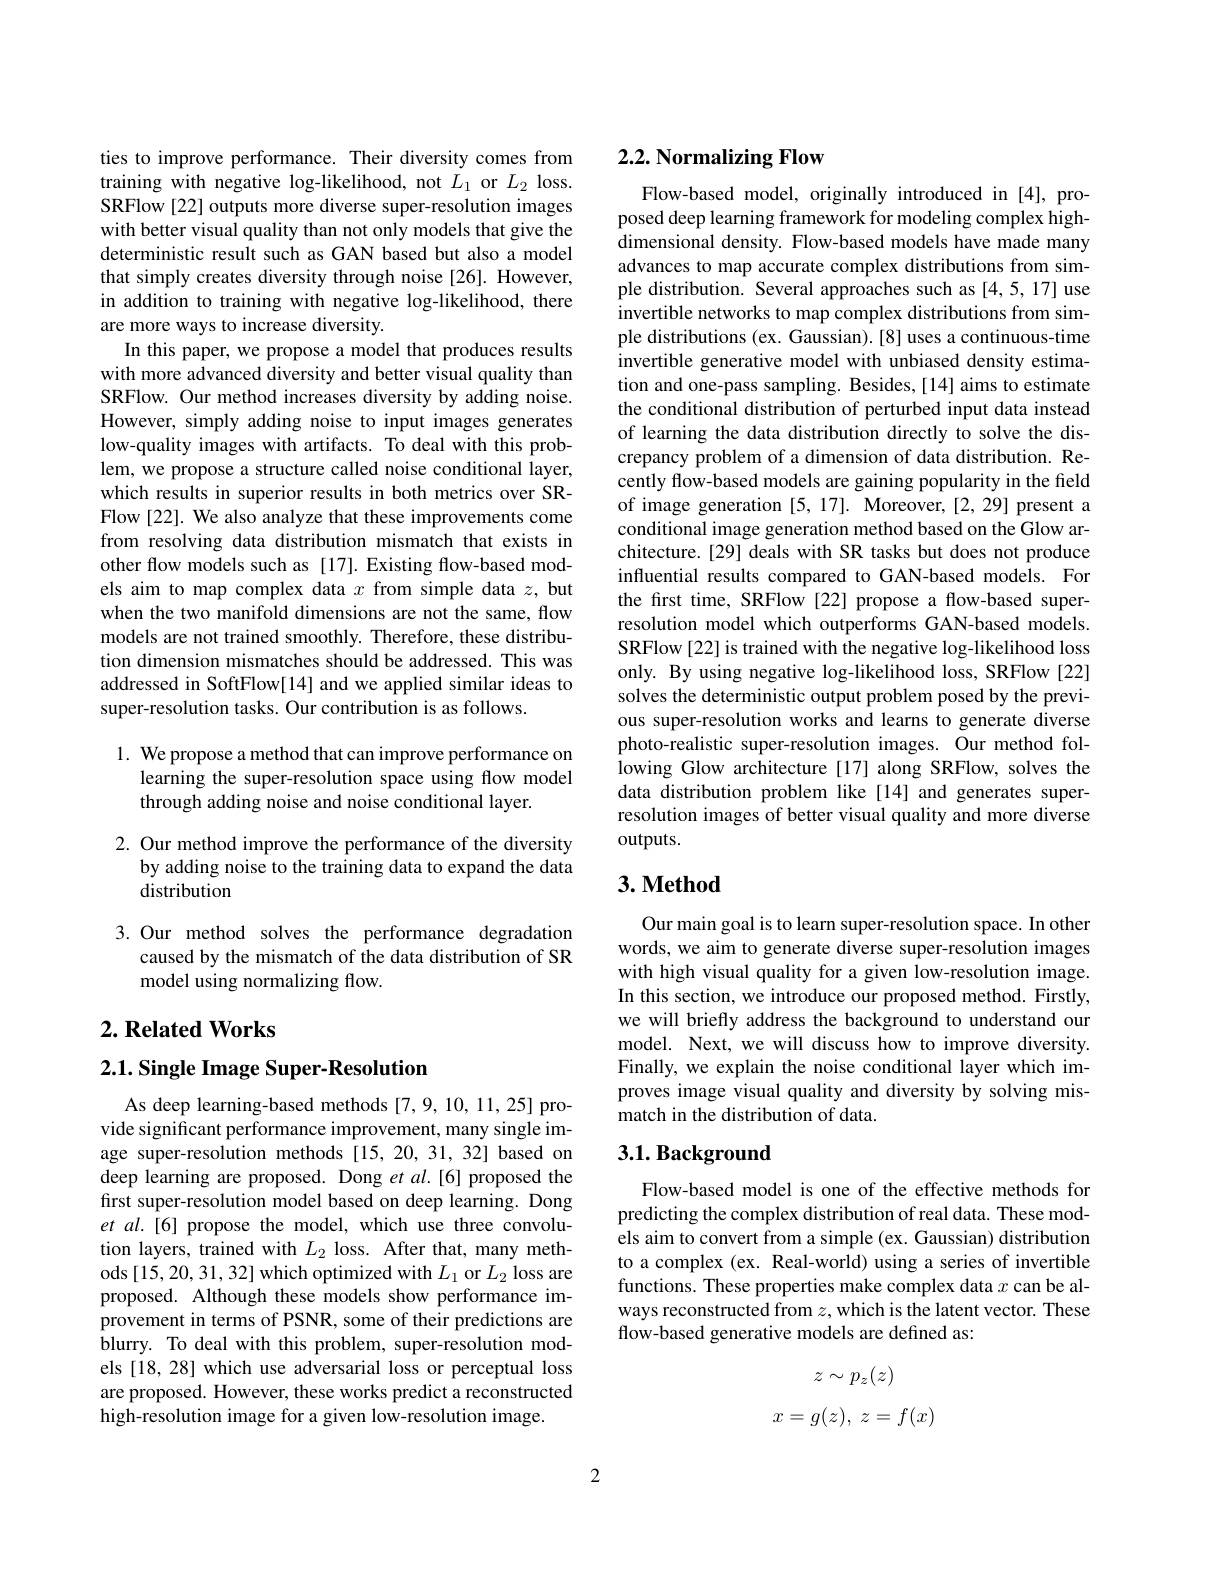
ties to improve performance. Their diversity comes from training with negative log-likelihood, not $L_1$ or $L_2$ loss. SRFlow [22] outputs more diverse super-resolution images with better visual quality than not only models that give the deterministic result such as GAN based but also a model that simply creates diversity through noise [26]. However, in addition to training with negative log-likelihood, there are more ways to increase diversity.
In this paper, we propose a model that produces results with more advanced diversity and better visual quality than SRFlow. Our method increases diversity by adding noise. However, simply adding noise to input images generates low-quality images with artifacts. To deal with this problem, we propose a structure called noise conditional layer, which results in superior results in both metrics over SRFlow [22]. We also analyze that these improvements come from resolving data distribution mismatch that exists in other flow models such as [17]. Existing flow-based models aim to map complex data $x$ from simple data $z$, but when the two manifold dimensions are not the same, flow models are not trained smoothly. Therefore, these distribution dimension mismatches should be addressed. This was addressed in SoftFlow[14] and we applied similar ideas to super-resolution tasks. Our contribution is as follows.

## 1. We propose a method that can improve performance on learning the super-resolution space using flow model through adding noise and noise conditional layer.

2. Our method improve the performance of the diversity
by adding noise to the training data to expand the data
distribution

3.Our method solves the performance degradation
caused by the mismatch of the data distribution of SR
model using normalizing flow.

## $2. \textbf{Related Works}$

$2. 1. \textbf{Single Image Super- Resolution}$

As deep learning-based methods [7,9,10,11,25] provide significant performance improvement, many single image super-resolution methods [15,20,31,32] based on deep learning are proposed. Dong et al.[6] proposed the first super-resolution model based on deep learning. Dong et al.[6] propose the model, which use three convolution layers, trained with $L_2$ loss. After that, many methods [15,20,31,32] which optimized with $L_1$ or $L_2$ loss are proposed. Although these models show performance improvement in terms of PSNR, some of their predictions are blurry. To deal with this problem, super-resolution models [18, 28] which use adversarial loss or perceptual loss are proposed. However, these works predict a reconstructed high-resolution image for a given low-resolution image.

# $2. 2. \textbf{ Normalizing Flow}$

Flow-based model, originally introduced in [4], proposed deep learning framework for modeling complex highdimensional density. Flow-based models have made many advances to map accurate complex distributions from simple distribution. Several approaches such as [4,5,17] use invertible networks to map complex distributions from simple distributions (ex. Gaussian).[8] uses a continuous-time invertible generative model with unbiased density estimation and one-pass sampling. Besides,[14] aims to estimate the conditional distribution of perturbed input data instead of learning the data distribution directly to solve the discrepancy problem of a dimension of data distribution. Recently flow-based models are gaining popularity in the field of image generation [5,17]. Moreover, [2,29] present a conditional image generation method based on the Glow architecture.[29] deals with SR tasks but does not produce influential results compared to GAN-based models. For the first time, SRFlow [22] propose a flow-based superresolution model which outperforms GAN-based models. SRFlow [22] is trained with the negative log-likelihood loss only. By using negative log-likelihood loss, SRFlow [22] solves the deterministic output problem posed by the previous super-resolution works and learns to generate diverse photo-realistic super-resolution images. Our method fol- $\hat{\text{lowing Glow architecture[17] along SRFlow, solves the}}$ data distribution problem like[14] and generates superresolution images of better visual quality and more diverse $outputs.$

## $3. \textbf{Method}$

Our main goal is to learn super-resolution space. In other words, we aim to generate diverse super-resolution images with high visual quality for a given low-resolution image. In this section, we introduce our proposed method. Firstly, we will briefly address the background to understand our model. Next, we will discuss how to improve diversity. Finally, we explain the noise conditional layer which improves image visual quality and diversity by solving mismatch in the distribution of data.

## $3. 1. \textbf{Background}$

Flow-based model is one of the effective methods for predicting the complex distribution of real data. These models aim to convert from a simple (ex. Gaussian) distribution to a complex (ex. Real-world) using a series of invertible functions. These properties make complex data $x$ can be always reconstructed from $z$,which is the latent vector. These flow-based generative models are defined as:
$$z\sim p_z(z)$$
$$\begin{matrix}x=g(z),&z=f(x)\end{matrix}$$
2